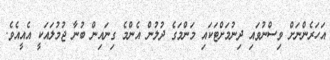
އަހަރެންނަށް ވިސްނުވައި ދިނުމަށްޓަކައި މަންމަގެ ދުލުން އެންމެ ގިނައިން ބުނާ ޖުމުލައަކީ އެއީއެވެ.